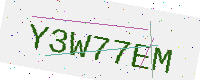
Text: Y3W77EM